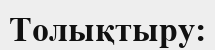
Толықтыру: